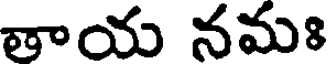
తాయ నమః